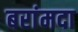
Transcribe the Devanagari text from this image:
बरांमदा